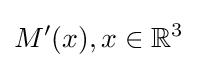
M^{\prime }(x),x\in {\mathbb {R} }^{3}